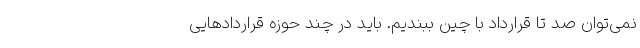
نمی‌توان صد تا قرارداد با چین ببندیم. باید در چند حوزه قراردادهایی